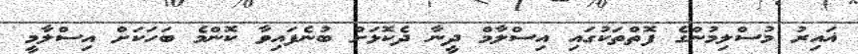
ޣައިރު މުސްލިމުންގެ ފޮތްތަކުގައި އިސްލާމް ދީނާ ދެކޮޅަށް ބުނެފައިވާ ކޮންމެ ބަހަކަށް އިސްލާމީ